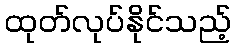
ထုတ်လုပ်နိုင်သည့်